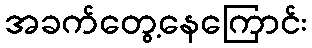
အခက်တွေ့နေကြောင်း